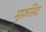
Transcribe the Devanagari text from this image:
मुफ़सिद